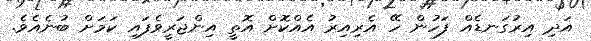
އަދި އިރުގަނޑެއް ފަހުން ހޭ އެރިއިރު އެއްކޮށް އޮތީ އިންޖަރީވެފައި ކަމަށް ބުނެއެވެ.